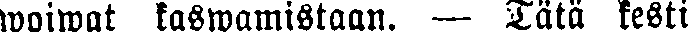
woiwat kaswamistaan. — Tätä kesti